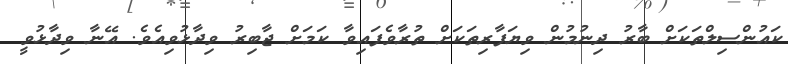
ކައުންސިލްތަކަށް ބާރު ދިނުމުން ވިޔަފާރިތަކަށް ތުރާވެފައިވާ ކަމަށް ޖާބިރު ވިދާޅުވިއެވެ. އޭނާ ވިދާޅުވީ